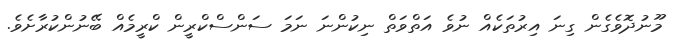
މޫނުދޮވެގެން ގިނަ އިރުތަކެއް ނުވެ އަތްވަތް ނިކުންނަ ނަމަ ސަންސްކްރީން ކްރީމެއް ބޭނުންކުރާށެވެ.